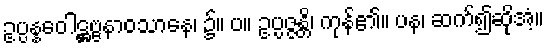
ဥပ္ပန္နဝေါဋ္ဌဗ္ဗနာဝသာနေ၊ ၌။ ပ။ ဥပ္ပဇ္ဇန္တိ၊ ကုန်၏။ ပန၊ ဆက်၍ဆိုအံ့။